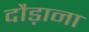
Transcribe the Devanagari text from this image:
दौड़ाना